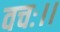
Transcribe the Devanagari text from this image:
वचः।।